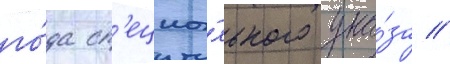
го́да сп'ециа́льного ука́за //